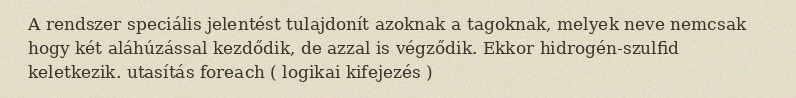
A rendszer speciális jelentést tulajdonít azoknak a tagoknak, melyek neve nemcsak hogy két aláhúzással kezdődik, de azzal is végződik. Ekkor hidrogén-szulfid keletkezik. utasítás foreach ( logikai kifejezés )